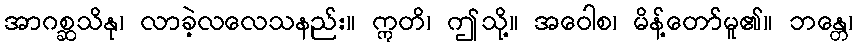
အာဂစ္ဆသိနု၊ လာခဲ့လလေသနည်း။ ဣတိ၊ ဤသို့။ အဝေါစ၊ မိန့်တော်မူ၏။ ဘန္တေ၊